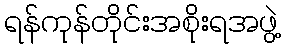
ရန်ကုန်တိုင်းအစိုးရအဖွဲ့